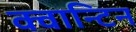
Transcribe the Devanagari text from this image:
क्वान्टिन